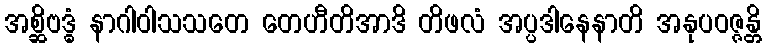
အစ္ဆိဗဒ္ဓံ နာဂါဝါသသတေ တေဟီတိအာဒိ တိဖလံ အပ္ပဒါနေနာတိ အနုပဝဇ္ဇန္တိ